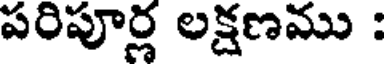
పరిపూర్ల లక్షణము :